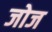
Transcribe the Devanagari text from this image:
जोज